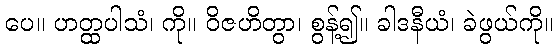
ပေ။ ဟတ္ထပါသံ၊ ကို။ ဝိဇဟိတွာ၊ စွန့်၍။ ခါဒနီယံ၊ ခဲဖွယ်ကို။